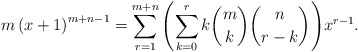
\begin{align*} m \left( x+1 \right)^{m+n-1} = \sum_{r=1}^{m+n}{{ \left( \sum_{k=0}^{r}{k{m \choose k}{n \choose r-k}} \right) }x^{r-1}}. \end{align*}